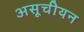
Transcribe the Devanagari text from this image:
असूचीयन